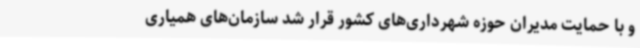
و با حمایت مدیران حوزه شهرداری‌های کشور قرار شد سازمان‌های همیاری